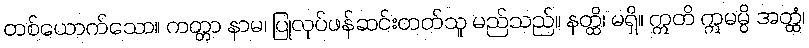
တစ်ယောက်သော။ ကတ္တာ နာမ၊ ပြုလုပ်ဖန်ဆင်းတတ်သူ မည်သည်။ နတ္ထိ၊ မရှိ။ ဣတိ ဣမမ္ပိ အတ္ထံ၊